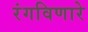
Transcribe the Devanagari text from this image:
रंगविणारे